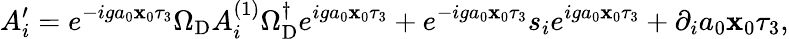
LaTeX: A_{i}^{\prime}=e^{-iga_{0}\mathbf{x}_{0}\tau_{3}}\Omega_{\mathrm{{D}}}A_{i}^{(1)}\Omega_{\mathrm{{D}}}^{\dagger}e^{iga_{0}\mathbf{x}_{0}\tau_{3}}+e^{-iga_{0}\mathbf{x}_{0}\tau_{3}}s_{i}e^{iga_{0}\mathbf{x}_{0}\tau_{3}}+\partial_{i}a_{0}\mathbf{x}_{0}\tau_{3},